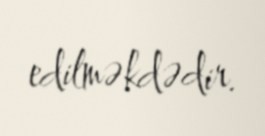
edilməkdədir.